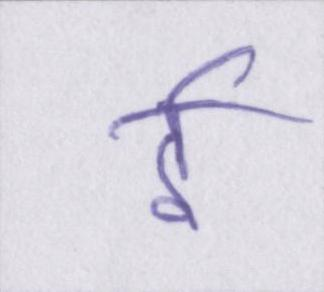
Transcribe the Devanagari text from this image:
ई